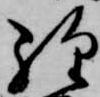
経